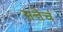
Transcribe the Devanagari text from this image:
सत्तेचं